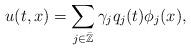
LaTeX: \begin{align*}u(t,x)=\sum_{j\in\bar{\mathbb{Z}}}\gamma_jq_j(t)\phi_j(x),\end{align*}